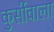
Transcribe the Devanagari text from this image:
कुर्सीवाला